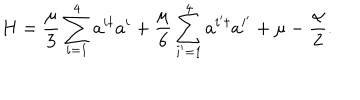
H = \frac { \mu } 3 \sum _ { i = 1 } ^ { 4 } a ^ { i \dagger } a ^ { i } + \frac { \mu } 6 \sum _ { i ^ { \prime } = 1 } ^ { 4 } a ^ { i ^ { \prime } \dagger } a ^ { i ^ { \prime } } + \mu - \frac { \alpha } { 2 } .